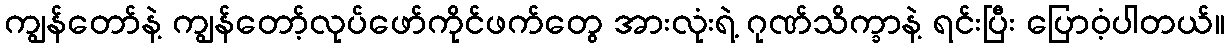
ကျွန်တော်နဲ့ ကျွန်တော့်လုပ်ဖော်ကိုင်ဖက်တွေ အားလုံးရဲ့ ဂုဏ်သိက္ခာနဲ့ ရင်းပြီး ပြောဝံ့ပါတယ်။